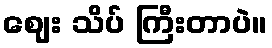
ဈေး သိပ် ကြီးတာပဲ။